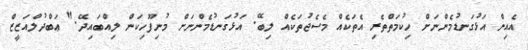
އެއިން އަޅުގަނޑުމެންނަށް ހިކުމަތްތެރި އެތަކެއް މެސެޖުތަކެއް ލިބޭ. އަޅުގަނޑުމެންނަށް މުނިފޫހިކަން ލިއްބައިދޭ." ޢަބްދުލްއަޒީޒް